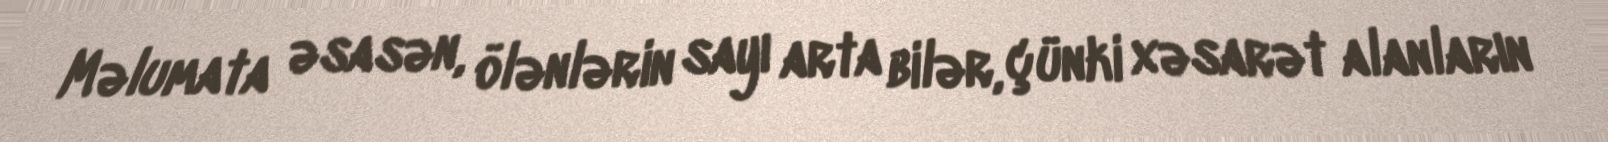
Məlumata əsasən, ölənlərin sayı arta bilər, çünki xəsarət alanların